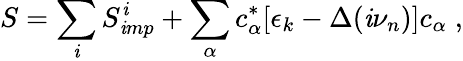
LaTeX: S=\sum_{\mathit{i}}S_{\mathit{i}mp}^{\mathit{i}}+\sum_{\alpha}c_{\alpha}^{*}[\epsilon_{k}-\Delta(\mathit{i}\nu_{n})]c_{\alpha}\; ,